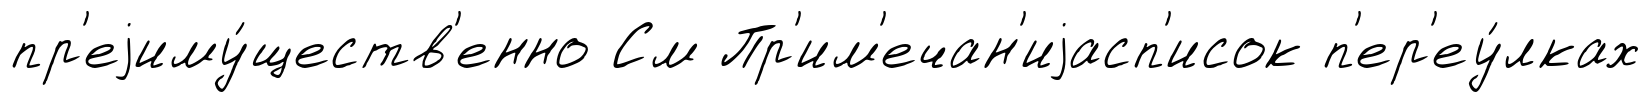
пр'еjиму́ществ'енно См Пр'им'ечан'иjасп'исок п'ер'еу́лках